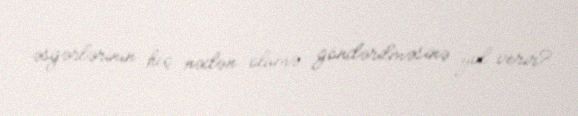
əsgərlərinin heç nədən ölümə göndərilməsinə yol verir?.